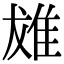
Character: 𨾩